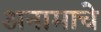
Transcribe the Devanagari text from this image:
अनामाचे